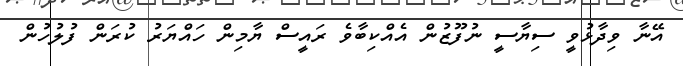
އޭނާ ވިދާޅުވީ ސިޔާސީ ނުފޫޒުން އެއްކިބާވެ ރައީސް ޔާމިން ހައްޔަރު ކުރަން ފުލުހުން